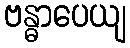
ဗန္ဓာပေယျ